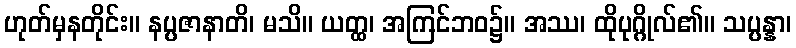
ဟုတ်မှနတိုင်း။ နပ္ပဇာနာတိ၊ မသိ။ ယတ္ထ၊ အကြင်ဘဝ၌။ အဿ၊ ထိုပုဂ္ဂိုလ်၏။ သပ္ပန္နာ၊